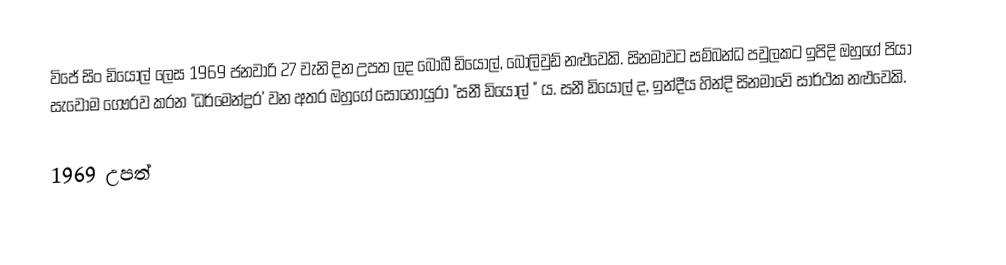
විජේ සිං ඩියොල් ලෙස 1969 ජනවාරි 27 වැනි දින උපත ලද බොබී ඩියොල්, බොලිවුඩ් නළුවෙකි. සිනමාවට සම්බන්ධ පවුලකට ඉපිදි ඔහුගේ පියා සැවොම ගෞරව කරන "ධර්මෙන්ද්‍රර' වන අතර ඔහුගේ සොහොයුරා "සනී ඩියොල් " ය.  සනී ඩියොල් ද, ඉන්දීය හින්දි සිනමාවේ සාර්ථක නළුවෙකි.

1969 උපත්